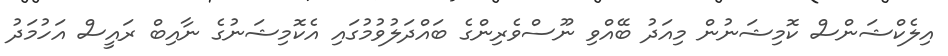
އިލެކްޝަންސް ކޮމިޝަނުން މިއަދު ބޭއްވި ނޫސްވެރިންގެ ބައްދަލުވުމުގައި އެކޮމިޝަނުގެ ނާއިބް ރައީސް އަހުމަދު